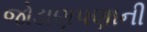
જોડાણપણાની